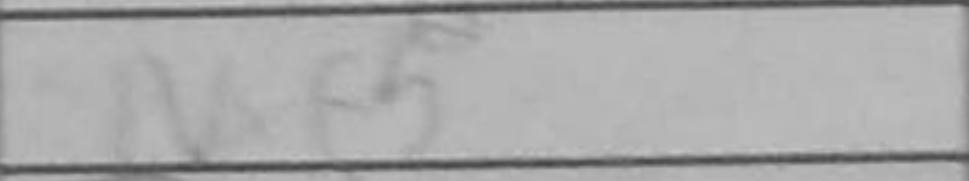
Transcription: Nf5